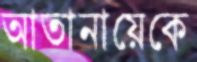
আতানায়েকে